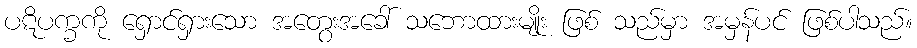
ပဋိပက္ခကို ရှောင်ရှားသော အတွေးအခေါ် သဘောထားမျိုး ဖြစ် သည်မှာ အမှန်ပင် ဖြစ်ပါသည်။